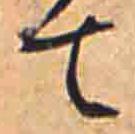
て